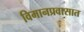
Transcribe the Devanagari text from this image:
विमानप्रवासात